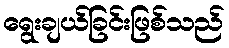
ရွေးချယ်ခြင်းဖြစ်သည်